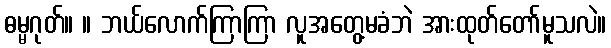
ဓမ္မဂုတ်။ ။ ဘယ်လောက်ကြာကြာ လူအတွေ့မခံဘဲ အားထုတ်တော်မူသလဲ။